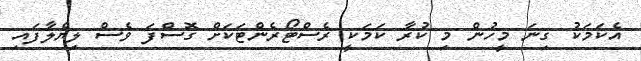
އެކަމަކު ގިނަ މީހުން މި ކުރާ ކަމަކީ ރެސްޓޯރެންޓަކަށް ގޮސްފަ ވެސް ލިޔެލާފައި